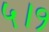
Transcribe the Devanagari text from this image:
५।१